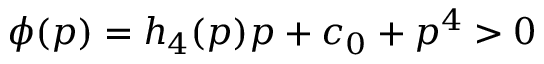
\phi ( p ) = h _ { 4 } ( p ) p + c _ { 0 } + p ^ { 4 } > 0